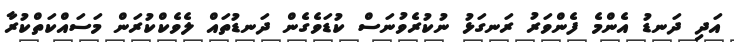
އަދި ދަނޑު އެންމެ ފެންވަރު ރަނގަޅު ނުކުރެވުނަސް ކުޑަވެގެން ދަނޑުތައް ލެވެކްކުރަން މަސައްކަތްކުރާ